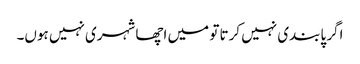
اگر پابندی نہیں کرتا تو میں اچھا شہری نہیں ہوں۔